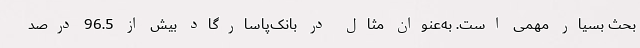
بحث بسیار مهمی است. به‌عنوان مثال در بانک‌پاسارگاد بیش از 96.5 درصد